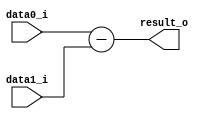
module restador_top(
     input [7:0] data0_i,
     input [7:0] data1_i,
     output [7:0] result_o
 );

 assign result_o = data0_i - data1_i;

 endmodule